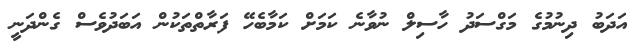
އަދަބު ދިނުމުގެ މަގްސަދު ހާސިލް ނުވާނެ ކަމަށް ކަމާބެހޭ ފަރާތްތަކުން އަބަދުވެސް ގެންދަނީ